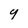
Character: y